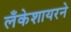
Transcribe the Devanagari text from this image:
लँकेशायरने